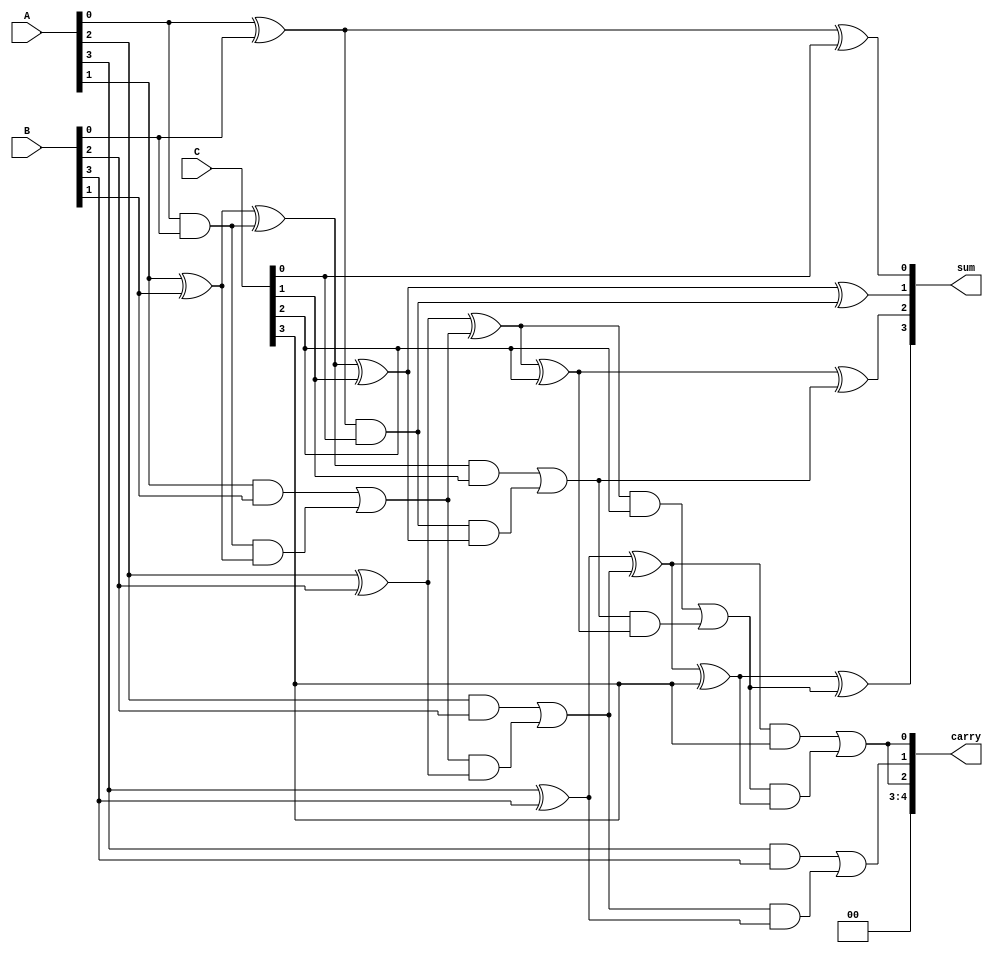
module carry_save_adder #(parameter N = 4) (
    input  [N-1:0] A, // First n-bit input
    input  [N-1:0] B, // Second n-bit input
    input  [N-1:0] C, // Third n-bit input
    output [N-1:0] sum, // Sum output
    output [N:0] carry // Carry output (N+1 bits to accommodate carry out)
);

    wire [N-1:0] half_sum; // Sum outputs from half adders
    wire [N-1:0] half_carry; // Carry outputs from half adders
    wire [N-1:0] full_sum; // Sum outputs from full adders
    wire [N-1:0] full_carry; // Carry outputs from full adders

    // Generate half adders for the first two inputs (A and B)
    genvar i;
    generate
        for (i = 0; i < N; i = i + 1) begin : half_adders
            if (i == 0) begin
                assign half_sum[i] = A[i] ^ B[i];
                assign half_carry[i] = A[i] & B[i];
            end else begin
                assign half_sum[i] = A[i] ^ B[i] ^ half_carry[i-1];
                assign half_carry[i] = (A[i] & B[i]) | (half_carry[i-1] & (A[i] ^ B[i]));
            end
        end
    endgenerate

    // Generate full adders for the half sum and the third input (C)
    generate
        for (i = 0; i < N; i = i + 1) begin : full_adders
            if (i == 0) begin
                assign full_sum[i] = half_sum[i] ^ C[i];
                assign full_carry[i] = half_sum[i] & C[i];
            end else begin
                assign full_sum[i] = half_sum[i] ^ C[i] ^ full_carry[i-1];
                assign full_carry[i] = (half_sum[i] & C[i]) | (full_carry[i-1] & (half_sum[i] ^ C[i]));
            end
        end
    endgenerate

    // Final sum and carry outputs
    assign sum = full_sum;
    assign carry = {full_carry[N-1], half_carry[N-1], full_carry[N-1]};

endmodule